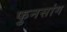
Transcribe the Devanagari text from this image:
फुनसांग